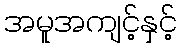
အမူအကျင့်နှင့်